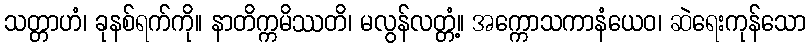
သတ္တာဟံ၊ ခုနစ်ရက်ကို။ နာတိက္ကမိဿတိ၊ မလွန်လတ္တံ့။ အက္ကောသကာနံယေဝ၊ ဆဲရေးကုန်သော